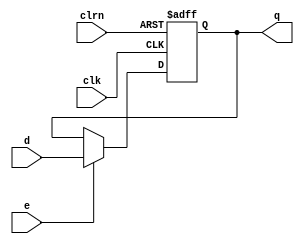
/************************************************
  The Verilog HDL code example is from the book
  Computer Principles and Design in Verilog HDL
  by Yamin Li, published by A JOHN WILEY & SONS
************************************************/
module dffe32 (d,clk,clrn,e,q);                         // a 32-bit register
    input      [31:0] d;                                // input d
    input             e;                                // e: enable
    input             clk, clrn;                        // clock and reset
    output reg [31:0] q;                                // output q
    always @(negedge clrn or posedge clk)
        if (!clrn)  q <= 0;                             // q = 0 if reset
        else if (e) q <= d;                             // save d if enabled
endmodule